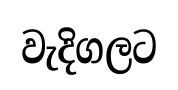
වැදිගලට